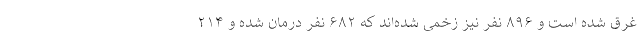
غرق شده است و ۸۹۶ نفر نیز زخمی شده‌اند که ۶۸۲ نفر درمان شده و ۲۱۴